Document type: Sale
Year: 1440
Scribe: Pere Pau Pujades
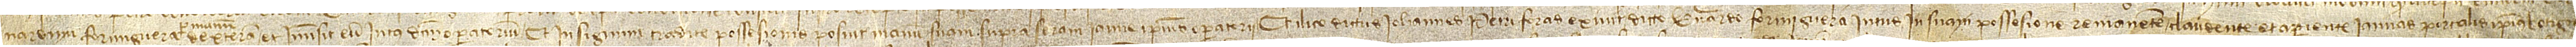
nardum Formiguera per manum  dexteram et immisit eum intus dictum operatorium, et in signum tradite possesionis posuit manum suam supra seram ianue ipsius operatorii. Et ilico dictus Iohannes Petri foras exivit, dicto Bernardo Formiguera intus in suam possessione remanente, claudente et aperiente ianuas portalis ipsius botige